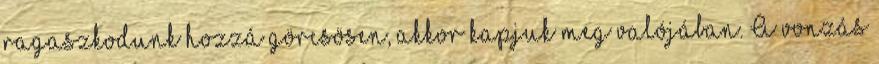
ragaszkodunk hozzá görcsösen, akkor kapjuk meg valójában. A vonzás